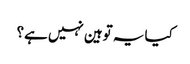
کیا یہ توہین نہیں ہے؟